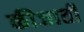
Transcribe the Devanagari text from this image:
कीजाती